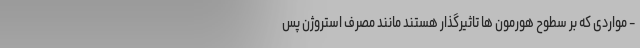
- مواردی که بر سطوح هورمون ها تاثیرگذار هستند مانند مصرف استروژن پس